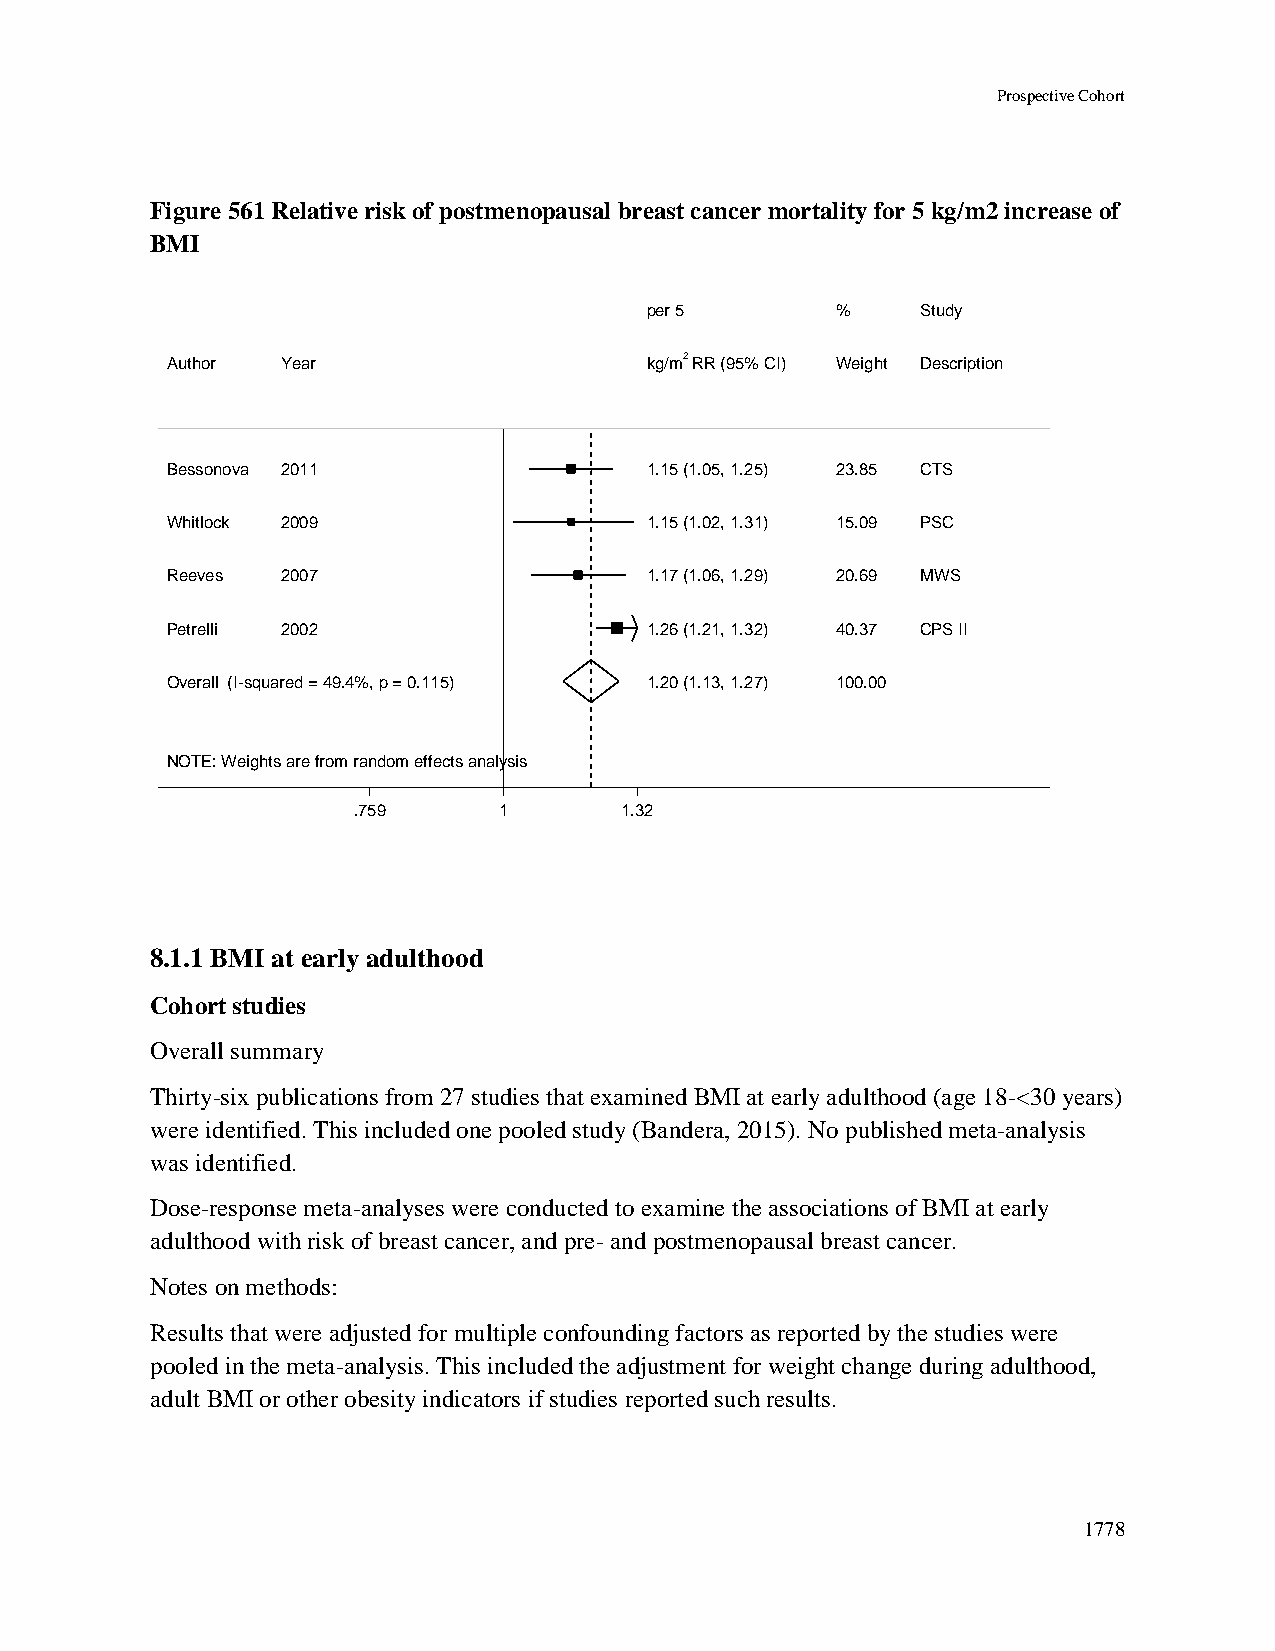
Prospective Cohort
 Figure 561 Relative risk of postmenopausal breast cancer mortality for 5 kg/m2 increase of
 BMI
 ppeerr 55   %%    Study
 Author  Year                    kkgg//mm22 RRRR ((9955%% CCII)) WWeeiigghhtt Description
 Bessonova 2011                  11..1155 ((11..0055,, 11..2255)) 2233..8855 CTS
 Whitlock 2009                   11..1155 ((11..0022,, 11..3311)) 1155..0099 PSC
 Reeves  2007                    11..1177 ((11..0066,, 11..2299)) 2200..6699 MWS
 Petrelli 2002                   11..2266 ((11..2211,, 11..3322)) 4400..3377 CPS II
 Overall (I-squared = 49.4%, p = 0.115) 11..2200 ((11..1133,, 11..2277)) 110000..0000
 NOTE: Weights are from random effects analysis
 .759      11      1.32
 8.1.1 BMI at early adulthood
 Cohort studies
 Overall summary
 Thirty-six publications from 27 studies that examined BMI at early adulthood (age 18-<30 years)
 were identified. This included one pooled study (Bandera, 2015). No published meta-analysis
 was identified.
 Dose-response meta-analyses were conducted to examine the associations of BMI at early
 adulthood with risk of breast cancer, and pre- and postmenopausal breast cancer.
 Notes on methods:
 Results that were adjusted for multiple confounding factors as reported by the studies were
 pooled in the meta-analysis. This included the adjustment for weight change during adulthood,
 adult BMI or other obesity indicators if studies reported such results.
 1778